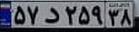
۵۷د۲۵۹۳۸